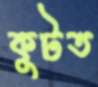
কুটত